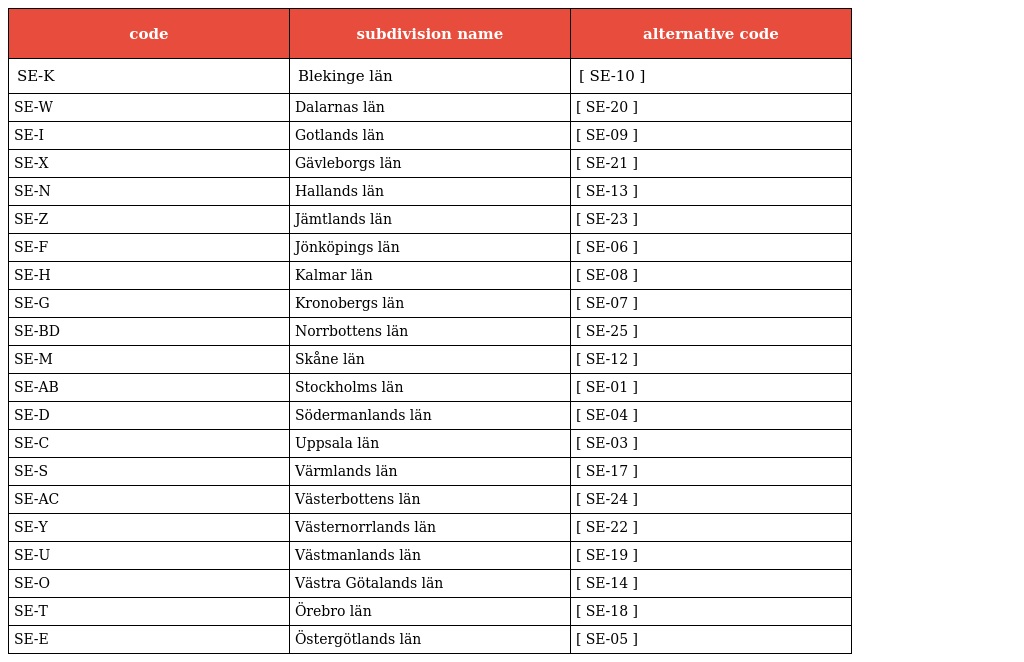
| code | subdivision name | alternative code |
 | --- | --- | --- |
 | SE-K | Blekinge län | [ SE-10 ] |
 | SE-W | Dalarnas län | [ SE-20 ] |
 | SE-I | Gotlands län | [ SE-09 ] |
 | SE-X | Gävleborgs län | [ SE-21 ] |
 | SE-N | Hallands län | [ SE-13 ] |
 | SE-Z | Jämtlands län | [ SE-23 ] |
 | SE-F | Jönköpings län | [ SE-06 ] |
 | SE-H | Kalmar län | [ SE-08 ] |
 | SE-G | Kronobergs län | [ SE-07 ] |
 | SE-BD | Norrbottens län | [ SE-25 ] |
 | SE-M | Skåne län | [ SE-12 ] |
 | SE-AB | Stockholms län | [ SE-01 ] |
 | SE-D | Södermanlands län | [ SE-04 ] |
 | SE-C | Uppsala län | [ SE-03 ] |
 | SE-S | Värmlands län | [ SE-17 ] |
 | SE-AC | Västerbottens län | [ SE-24 ] |
 | SE-Y | Västernorrlands län | [ SE-22 ] |
 | SE-U | Västmanlands län | [ SE-19 ] |
 | SE-O | Västra Götalands län | [ SE-14 ] |
 | SE-T | Örebro län | [ SE-18 ] |
 | SE-E | Östergötlands län | [ SE-05 ] |